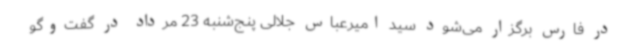
در فارس برگزار می‌شود سید امیرعباس جلالی پنج‌شنبه 23 مرداد در گفت‌وگو